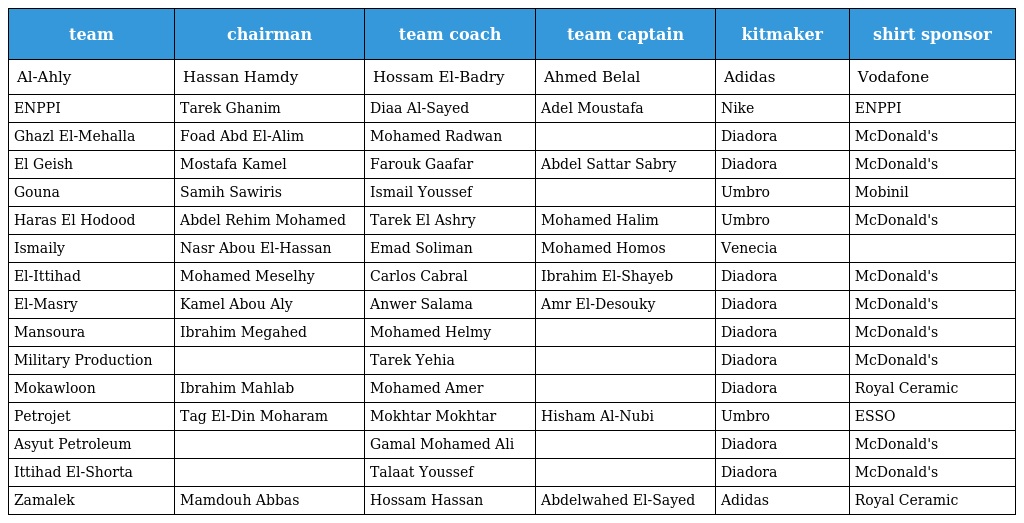
| team | chairman | team coach | team captain | kitmaker | shirt sponsor |
 | --- | --- | --- | --- | --- | --- |
 | Al-Ahly | Hassan Hamdy | Hossam El-Badry | Ahmed Belal | Adidas | Vodafone |
 | ENPPI | Tarek Ghanim | Diaa Al-Sayed | Adel Moustafa | Nike | ENPPI |
 | Ghazl El-Mehalla | Foad Abd El-Alim | Mohamed Radwan |  | Diadora | McDonald's |
 | El Geish | Mostafa Kamel | Farouk Gaafar | Abdel Sattar Sabry | Diadora | McDonald's |
 | Gouna | Samih Sawiris | Ismail Youssef |  | Umbro | Mobinil |
 | Haras El Hodood | Abdel Rehim Mohamed | Tarek El Ashry | Mohamed Halim | Umbro | McDonald's |
 | Ismaily | Nasr Abou El-Hassan | Emad Soliman | Mohamed Homos | Venecia |  |
 | El-Ittihad | Mohamed Meselhy | Carlos Cabral | Ibrahim El-Shayeb | Diadora | McDonald's |
 | El-Masry | Kamel Abou Aly | Anwer Salama | Amr El-Desouky | Diadora | McDonald's |
 | Mansoura | Ibrahim Megahed | Mohamed Helmy |  | Diadora | McDonald's |
 | Military Production |  | Tarek Yehia |  | Diadora | McDonald's |
 | Mokawloon | Ibrahim Mahlab | Mohamed Amer |  | Diadora | Royal Ceramic |
 | Petrojet | Tag El-Din Moharam | Mokhtar Mokhtar | Hisham Al-Nubi | Umbro | ESSO |
 | Asyut Petroleum |  | Gamal Mohamed Ali |  | Diadora | McDonald's |
 | Ittihad El-Shorta |  | Talaat Youssef |  | Diadora | McDonald's |
 | Zamalek | Mamdouh Abbas | Hossam Hassan | Abdelwahed El-Sayed | Adidas | Royal Ceramic |